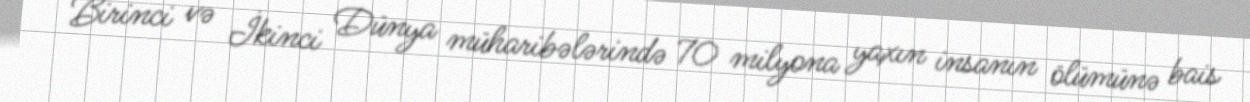
Birinci və İkinci Dünya müharibələrində 70 milyona yaxın insanın ölümünə bais